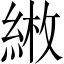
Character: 𦁼